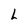
Character: L